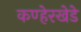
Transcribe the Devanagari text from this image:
कण्हेरखेडे